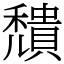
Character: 穨